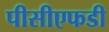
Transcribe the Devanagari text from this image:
पीसीएफडी